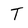
Character: T